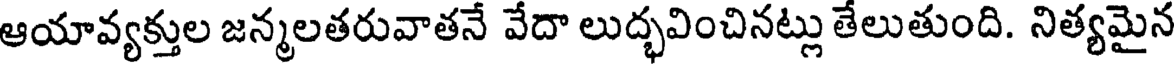
ఆయావ్యక్తుల జన్మలతరువాతనే వేదా లుద్భవించినట్లు తేలుతుంది. నిత్యమైన